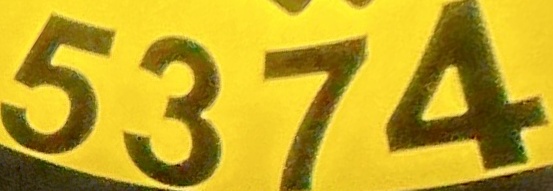
5374